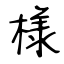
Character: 様